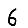
Digit: 6